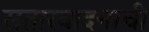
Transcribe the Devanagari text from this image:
सतारवादनाची